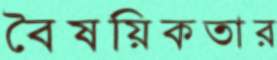
বৈষয়িকতার